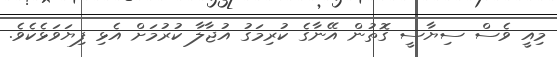
މިއީ ވެސް ސިޔާސީ ގޮތުން އޭނާގެ ކުރިމަގު އުޖާލާ ކުރުމަށް އެޅި ފިޔަވަޅެކެވެ.